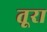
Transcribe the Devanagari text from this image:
तूरा